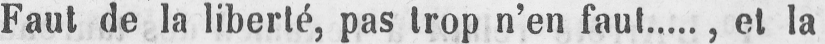
Faut de la liberté, pas trop n’en faut....., et la